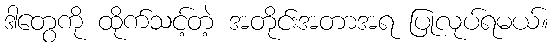
ဒါတွေကို ထိုက်သင့်တဲ့ အတိုင်းအတာအရ ပြုလုပ်ရမယ်။